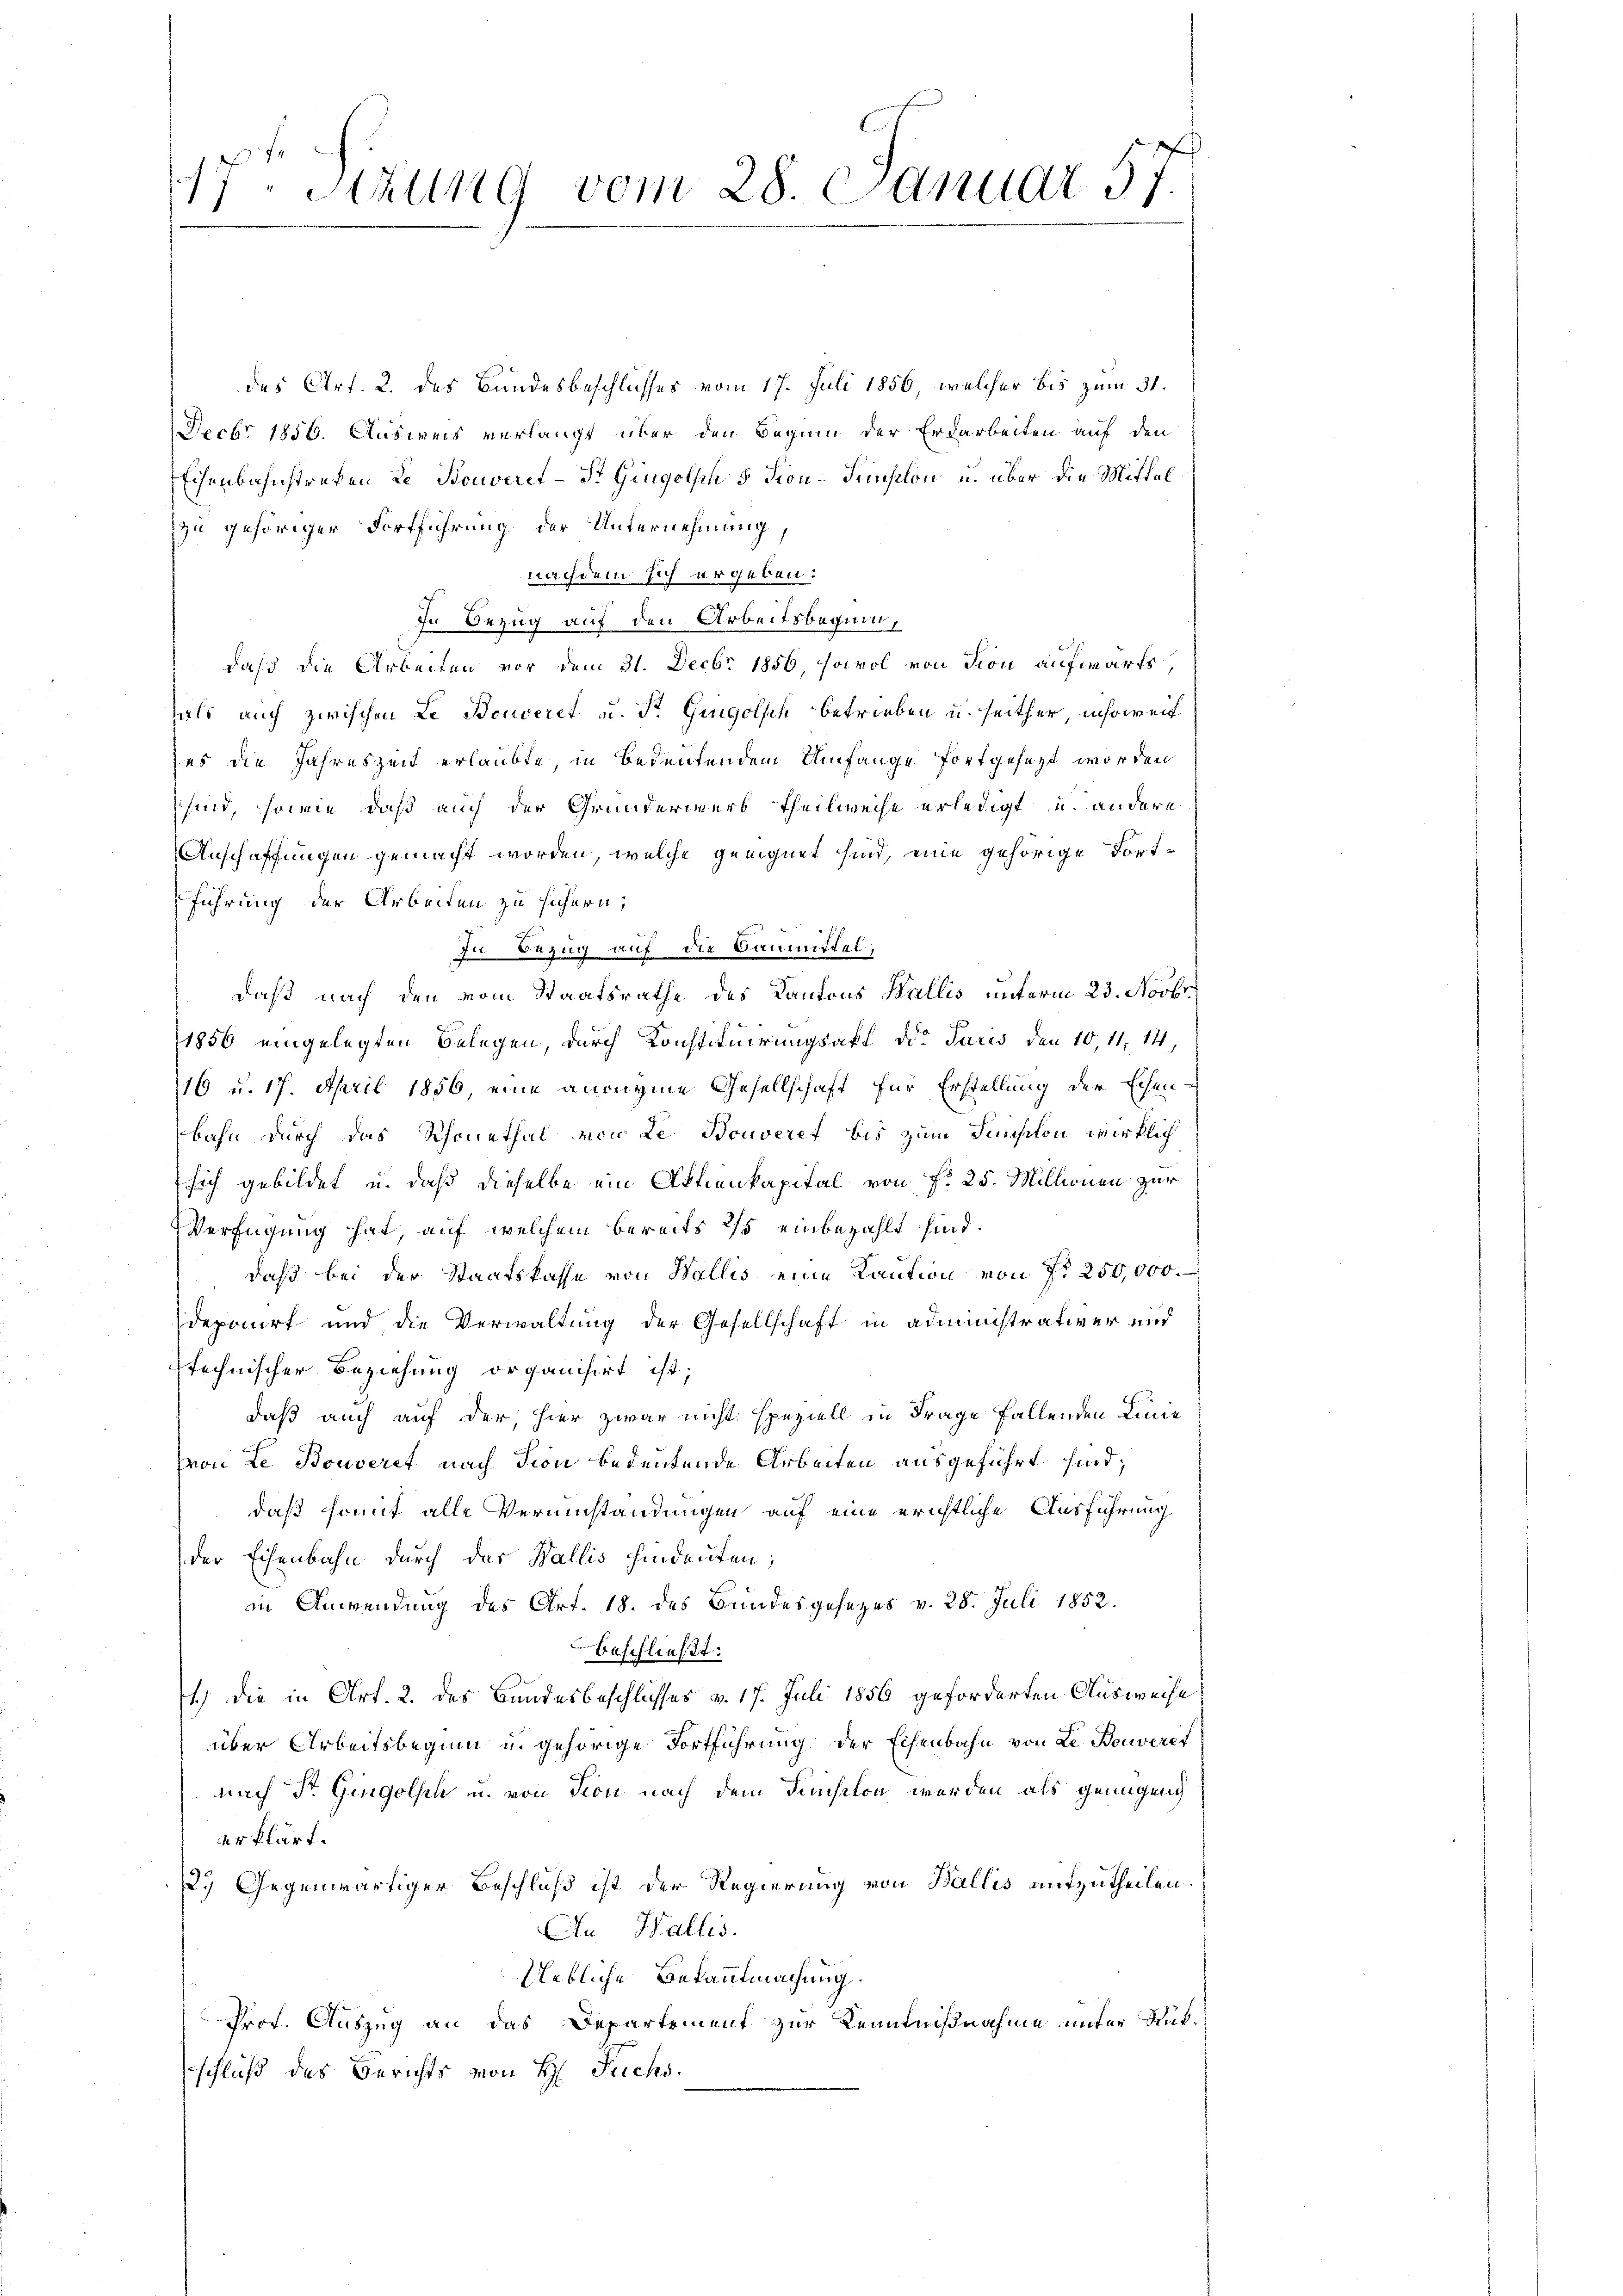
17 Stzung vom 28. Januar 57.

des Art. 2. des Bundesbeschlusses vom 17. Juli 1856, welcher bis zum 31.
Decbr 1856. Ausweis verlangt über den Beginn der Erdarbeiten auf den
Eisenbahnstreten Le Bonveret – St. Gingolhn 5 Fion-Pension u. über die Mittel
zu gehöriger Fortführung der Unternehmung,
nachdem sich ergeben:
zu Bezug auf den Arbeitsbeginn,
daß die Arbeiten vor dem 31. Decbr 1856, sowol von Dion aufwärts,
fals auch zwischen Le Bouceret u. St. Gingolsch betrieben u. seither, insoweit
zes die Jahreszeit erlaubte, in Bedeutendem Umfange fortgesezt worden
sind, sowie daß auch der Grunderwerb theilweise erledigt und andere
Anschaffungen gemacht worden, welche geeignet sind, eine gehörige Fort-
führung der Arbeiten zu sichern,
In Bezug auf die Baumittel,
daß nach den vom Staatsrathe des Kantons Wallis unterm 23. Novbr.
1856 eingelegten Belegen, durch Konstituirungsakt die Paris den 10,11, 14,
116 u. 17. April 1856, eine anonyme Gesellschaft für Erstellung der Echen
bahn durch das Schonethal von Le Bouveret bis zum Sunsiton wirklich
sich gebildet u. daß dieselbe ein Aktienkapital von fr. 25. Millionen zur
Verfügung hat, auf welchem bereits ist einbezahlt sind.
daß bei der Staatskasse von Wallis eine Kaution von Fr. 250,000.
deponirt und die Verwaltung der Gesellschaft in administrativer und
technischer Beziehung organisirt ist;
daß auch auf der, hier zwar nicht speziell in Frage fallenden Linie
von Le Bouverst nach dion bedeutende Arbeiten ausgeführt sind;
daß somit alle Verumständungen auf eine erichtliche Ausführung
der Eisenbahn durch das Wallis findeuten;
in Anwendung des Art. 18. des Bundesgesezes v. 28. Juli 1852.
beschließt:
1.) Die in Art. 2. des Bundesbeschlusses v. 17. Juli 1856 geforderten Ausweise
über Arbeitsbeginn u. gehörige Fortführung der Eisenbahn von Le Bouveret
nach Dr. Gingolsch u. von Ton nach dem Funsiton werden als genügend
erklärt.
2.) Gegenwärtiger Beschluß ist der Regierung von Wallis mitzutheilen
Au Wallis.
Uebliche Bekanntmachung.
Prof. Auszug an das Departement zur Kenntnißnahme unter Rückschluß des Berichts von H. Trichs.